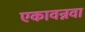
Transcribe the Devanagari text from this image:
एकावन्नवा